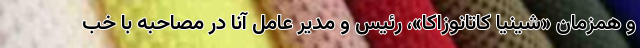
و همزمان «شینیا کاتانوزاکا»، رئیس و مدیر عامل آنا در مصاحبه با خب